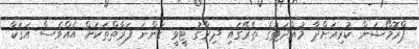
ޕްރޮމޯޝަން ކުރިއަށްދާ މުއްދަތުގެ ތެރޭގައި ދިރާގު ޓީވީ ގަންނަ ފަރާތްތަކަށް އެއްވެސް އަގަކާ